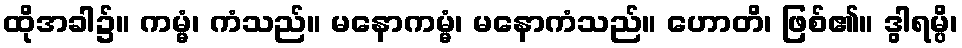
ထိုအခါ၌။ ကမ္မံ၊ ကံသည်။ မနောကမ္မံ၊ မနောကံသည်။ ဟောတိ၊ ဖြစ်၏။ ဒွါရမ္ပိ၊